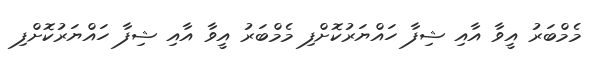
މެމްބަރު އީވާ އާއި ޝިފާ ހައްޔަރުކޮށްފި މެމްބަރު އީވާ އާއި ޝިފާ ހައްޔަރުކޮށްފި